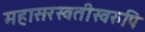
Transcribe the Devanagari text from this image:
महासरस्वतीस्वरुपि